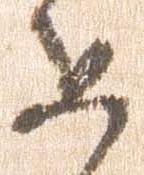
如